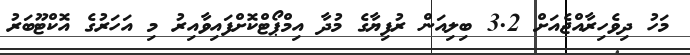
މަހު ދިވެހިރާއްޖެއަށް 3.2 ބިލިއަން ރުފިޔާގެ މުދާ އިމްޕޯޓްކޮށްފައިވާއިރު މި އަހަރުގެ އޮކްޓޫބަރު